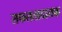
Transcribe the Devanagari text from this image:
सफलतादायक